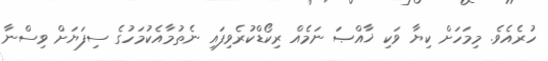
ހުރެއެވެ. މިމަހަށް ކިޔާ ވަކި ޚާއްޞަ ނަމެއް ރިކޯޑްކުރެވިފައި ނެތުމާއެކުމަހުގެ ސިފަޔަށް ވިސްނާ